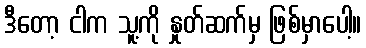
ဒီတော့ ငါက သူ့ကို နှုတ်ဆက်မှ ဖြစ်မှာပေါ့။